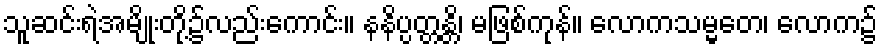
သူဆင်းရဲအမျိုးတို့၌လည်းကောင်း။ နနိပ္ပတ္တန္တိ၊ မဖြစ်ကုန်။ လောကသမ္မတေ၊ လောက၌